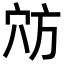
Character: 𫁊